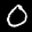
Label: 0